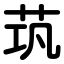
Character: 茿